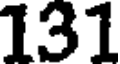
131